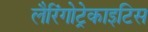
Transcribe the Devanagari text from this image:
लैरिंगोट्रेकाइटिस